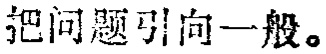
把问题引向一般。